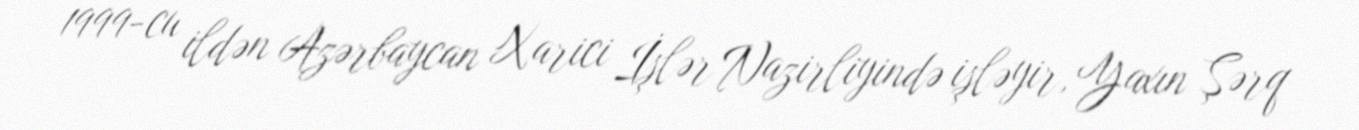
1999-cu ildən Azərbaycan Xarici İşlər Nazirliyində işləyir, Yaxın Şərq